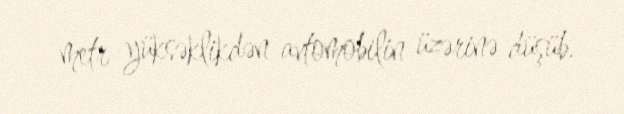
metr yüksəklikdən avtomobilin üzərinə düşüb.